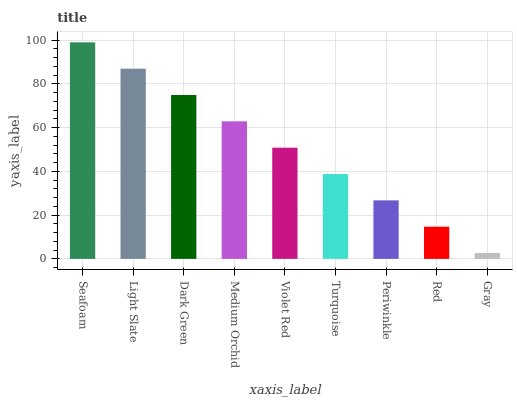
| xaxis_label | bars |
 | --- | --- |
 | Seafoam | 99 |
 | Light Slate | 87 |
 | Dark Green | 74.9 |
 | Medium Orchid | 62.9 |
 | Violet Red | 50.8 |
 | Turquoise | 38.8 |
 | Periwinkle | 26.8 |
 | Red | 14.7 |
 | Gray | 2.67 |